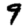
Digit: 9